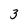
Character: 3